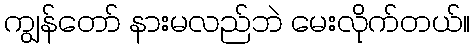
ကျွန်တော် နားမလည်ဘဲ မေးလိုက်တယ်။